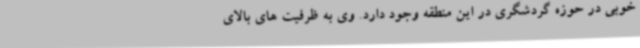
خوبی در حوزه گردشگری در این منطقه وجود دارد. وی به ظرفیت های بالای